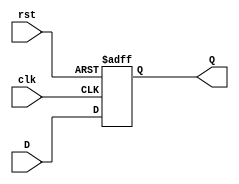
module synchronous_register #(
    parameter WIDTH = 8  // Parameter for bit-width of the register
)(
    input wire [WIDTH-1:0] D,  // Data input
    input wire clk,             // Clock input
    input wire rst,             // Reset input (active high)
    output reg [WIDTH-1:0] Q    // Data output
);

// Always block triggered on the rising edge of the clock or the reset signal
always @(posedge clk or posedge rst) begin
    if (rst) begin
        Q <= {WIDTH{1'b0}};  // Clear the register to zero on reset
    end else begin
        Q <= D;              // Update the register with the data input
    end
end

endmodule